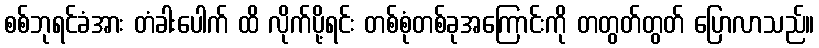
စစ်ဘုရင်ခံအား တံခါးပေါက် ထိ လိုက်ပို့ရင်း တစ်စုံတစ်ခုအကြောင်းကို တတွတ်တွတ် ပြောလာသည်။